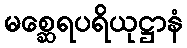
မစ္ဆေရပရိယုဋ္ဌာနံ